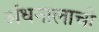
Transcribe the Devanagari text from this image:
अंधनालाची